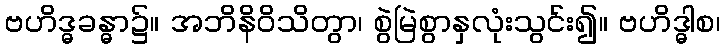
ဗဟိဒ္ဓခန္ဓာ၌။ အဘိနိဝိသိတွာ၊ စွဲမြဲစွာနှလုံးသွင်း၍။ ဗဟိဒ္ဓါစ၊